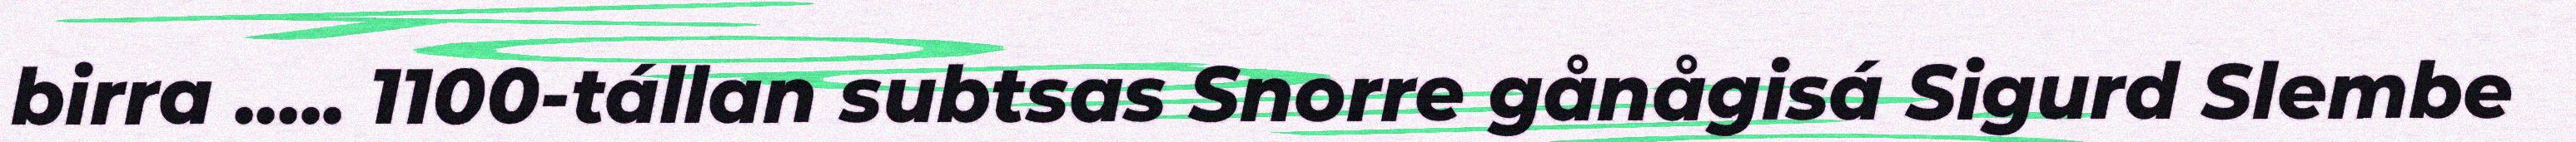
birra ..... 1100-tállan subtsas Snorre gånågisá Sigurd Slembe